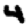
Digit: 4